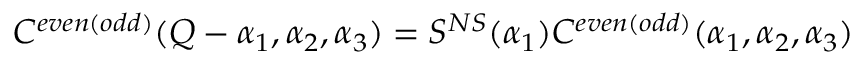
C ^ { e v e n ( o d d ) } ( Q - \alpha _ { 1 } , \alpha _ { 2 } , \alpha _ { 3 } ) = S ^ { N S } ( \alpha _ { 1 } ) C ^ { e v e n ( o d d ) } ( \alpha _ { 1 } , \alpha _ { 2 } , \alpha _ { 3 } )